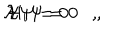
{ \mathcal { H } } \Psi = 0 , \hspace { . 6 i n } { \mathcal { H } } _ { i } \Psi = 0 ,